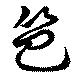
笆